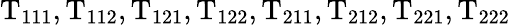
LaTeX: \mathrm{T_{111},T_{112},T_{121},T_{122},T_{211},T_{212},T_{221},T_{222}}